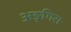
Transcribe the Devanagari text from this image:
अङ्गिरा